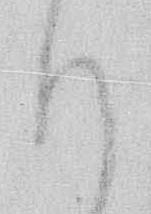
ほ